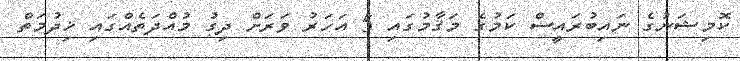
ކޮމިޝަނުގެ ނައިބުރައީސް ކަމުގެ މަޤާމުގައި 5 އަހަރު ވަރަށް ދިގު މުއްދަތެއްގައި ޚިދުމަތް